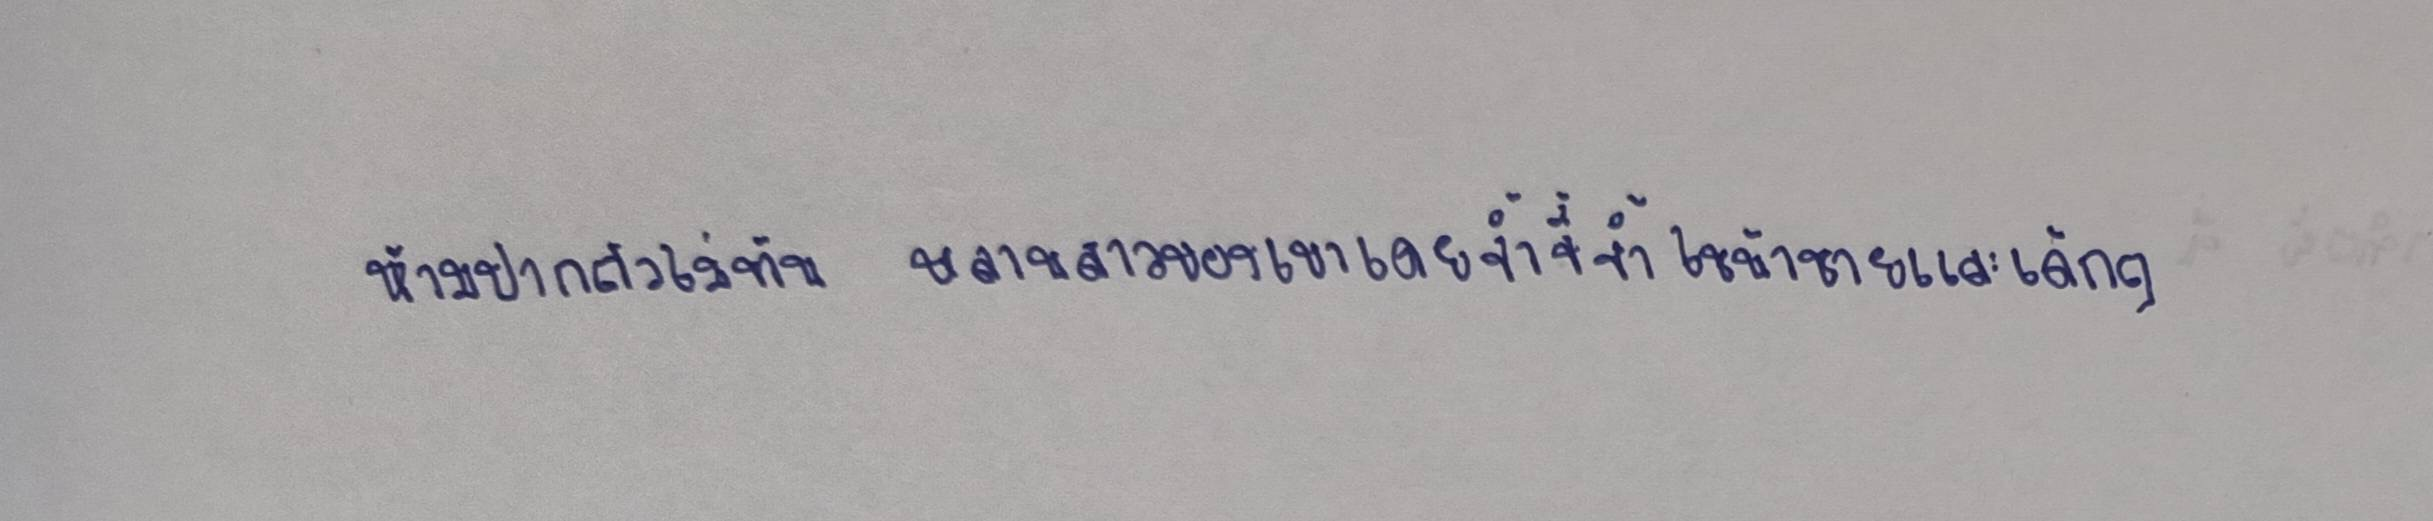
ห้ามปากตัวไม่ทัน...หลานสาวของเขาเคยจ้ำจี้จ้ำไชน้าชายและเด็กๆ